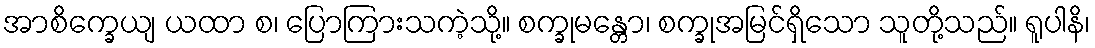
အာစိက္ခေယျ ယထာ စ၊ ပြောကြားသကဲ့သို့။ စက္ခုမန္တော၊ စက္ခုအမြင်ရှိသော သူတို့သည်။ ရူပါနိ၊